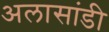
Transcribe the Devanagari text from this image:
अलासांडी